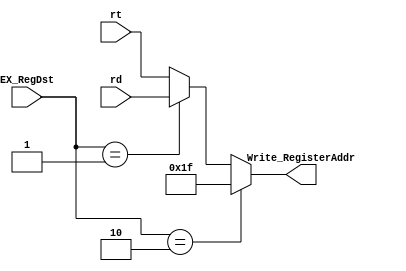
`timescale 1ns / 1ps
module Write_RegAdd_MUX(EX_RegDst, rt, rd, Write_RegisterAddr);
//input signals;
input wire [1:0] EX_RegDst;
input wire [4:0] rt;
input wire [4:0] rd;

//output signals;
output wire [4:0] Write_RegisterAddr;

assign Write_RegisterAddr = (EX_RegDst == 2'b10) ? 5'd31 : (EX_RegDst == 2'b01) ? rd : rt;

endmodule